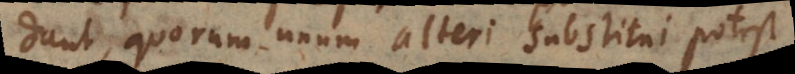
dunt, quorum unum alteri substitui potest.